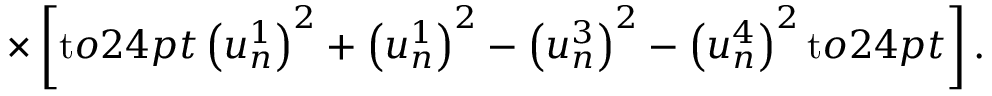
\times \left[ \mathrm { t } o 2 4 p t { } \left( u _ { n } ^ { 1 } \right) ^ { 2 } + \left( u _ { n } ^ { 1 } \right) ^ { 2 } - \left( u _ { n } ^ { 3 } \right) ^ { 2 } - \left( u _ { n } ^ { 4 } \right) ^ { 2 } \mathrm { t } o 2 4 p t { } \right] .